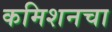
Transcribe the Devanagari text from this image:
कमिशनचा